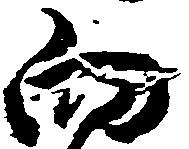
向